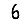
Digit: 6